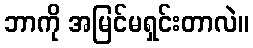
ဘာကို အမြင်မရှင်းတာလဲ။